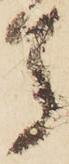
去